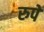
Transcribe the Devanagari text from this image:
रुपें